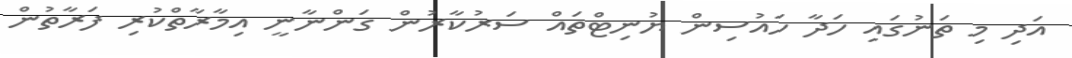
އަދި މި ތަނުގައި ހަދާ ހައުސިން ޔުނިޓްތައް ސަރުކާރުން ގަންނާނީ އިމާރާތްކުރި ފަރާތުން